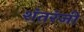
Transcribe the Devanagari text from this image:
शंतरंजी